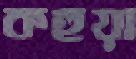
কহুয়া